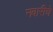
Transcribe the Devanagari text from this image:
नवारीचे